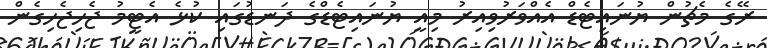
ރޭގެ މެޗުން ޔުނައިޓެޑް އެއްވަރުވިއިރު މިއީ ޔުނައިޓެޑްގެ ދަނޑުގައި ކުޅެ އެޓީމު ޖެހިޖެހިގެން